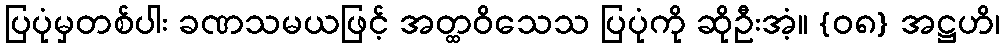
ပြပုံမှတစ်ပါး ခဏသမယဖြင့် အတ္ထဝိသေသ ပြပုံကို ဆိုဦးအံ့။ {၀၈} အဋ္ဌဟိ၊